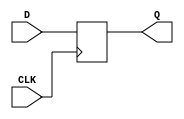
module d_flipflop(
    input D,
    input CLK,
    output reg Q
);

always @(posedge CLK) begin
    Q <= D;
end

endmodule